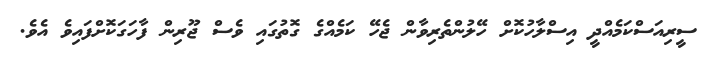
ސީރިއަސްކަމެއްދީ އިސްލާހުކޮށް ހޭލުންތެރިވާން ޖެހޭ ކަމެއްގެ ގޮތުގައި ވެސް ޖޫރިން ފާހަގަކޮށްފައިވެ އެވެ.